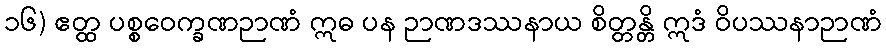
၁၆) ဧတ္ထ ပစ္စဝေက္ခဏဉာဏံ ဣဓ ပန ဉာဏဒဿနာယ စိတ္တန္တိ ဣဒံ ဝိပဿနာဉာဏံ